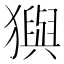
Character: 㺞